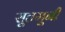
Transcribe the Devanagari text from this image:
सूतमूनी